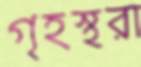
গৃহস্থরা